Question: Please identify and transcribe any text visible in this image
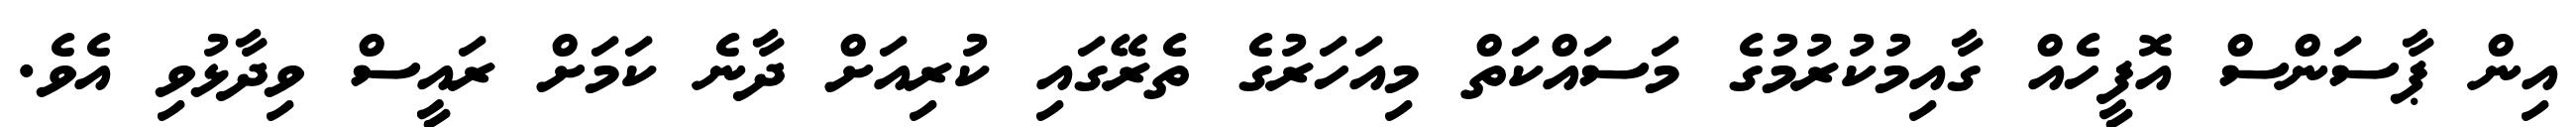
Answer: އިން ޕާސަންސް އޮފީހެއް ގާއިމުކުރުމުގެ މަސައްކަތް މިއަހަރުގެ ތެރޭގައި ކުރިއަށް ދާނެ ކަމަށް ރައީސް ވިދާޅުވި އެވެ.